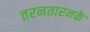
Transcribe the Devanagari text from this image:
तरनतारनके